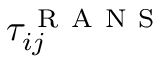
\tau _ { i j } ^ { \mathrm { ~ R ~ A ~ N ~ S ~ } }